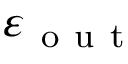
\varepsilon _ { \mathrm { ~ o ~ u ~ t ~ } }